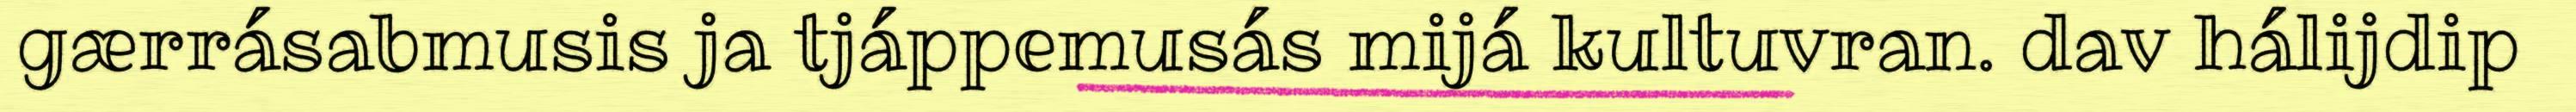
gærrásabmusis ja tjáppemusás mijá kultuvran. dav hálijdip